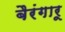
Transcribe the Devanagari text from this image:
बैरंगारू